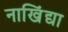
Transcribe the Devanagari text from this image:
नाखिंद्या